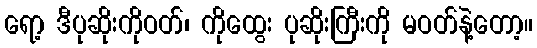
ရော့ ဒီပုဆိုးကိုဝတ်၊ ကိုထွေး ပုဆိုးကြီးကို မဝတ်နဲ့တော့။